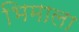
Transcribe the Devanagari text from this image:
भिमाला